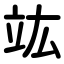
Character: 竑